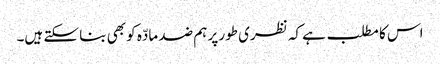
اس کا مطلب ہے کہ نظری طور پر ہم ضد مادّہ کو بھی بنا سکتے ہیں۔